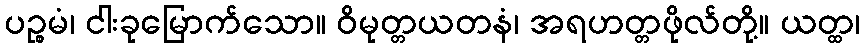
ပဉ္စမံ၊ ငါးခုမြောက်သော။ ဝိမုတ္တယတနံ၊ အရဟတ္တဖိုလ်တို့။ ယတ္ထ၊